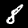
Label: 8